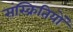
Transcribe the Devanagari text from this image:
संस्क्रितियों